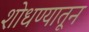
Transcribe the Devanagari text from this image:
शोधण्यातून